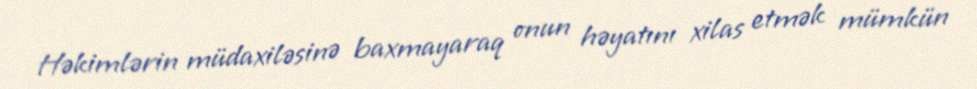
Həkimlərin müdaxiləsinə baxmayaraq onun həyatını xilas etmək mümkün